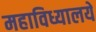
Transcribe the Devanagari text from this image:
महाविध्यालये